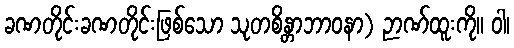
ခဏတိုင်းခဏတိုင်းဖြစ်သော သုတစိန္တာဘာဝနာ) ဉာဏ်ထူးကို။ ဝါ၊